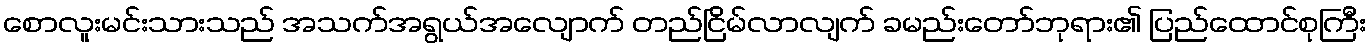
စောလူးမင်းသားသည် အသက်အရွယ်အလျောက် တည်ငြိမ်လာလျက် ခမည်းတော်ဘုရား၏ ပြည်ထောင်စုကြီး